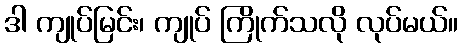
ဒါ ကျုပ်မြင်း၊ ကျုပ် ကြိုက်သလို လုပ်မယ်။